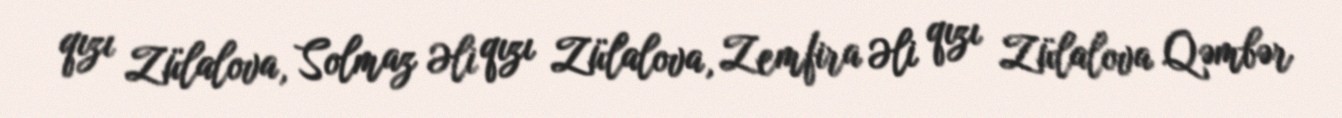
qızı Zülalova, Solmaz Əli qızı Zülalova, Zemfira Əli qızı Zülalova Qəmbər